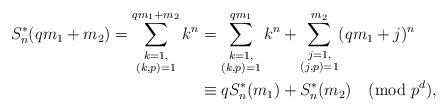
LaTeX: \begin{align*} S^*_{n}(qm_1+m_2) =\sum_{\substack{k=1,\\ (k,p)=1}}^{qm_1+m_2}k^n &= \sum_{\substack{k=1,\\ (k,p)=1}}^{qm_1}k^n+\sum_{\substack{j=1,\\ (j,p)=1}}^{m_2}(qm_1+j)^n \\& \equiv q S^*_{n}(m_1)+S^*_{n}(m_2) \pmod{p^d},\end{align*}